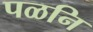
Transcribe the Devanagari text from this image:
पळनि